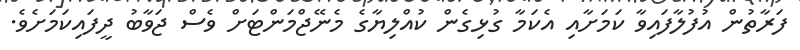
ފަރާތުން އުފުލާފައިވާ ކަމަށާއި އެކަމާ ގުޅިގެން ކުއްލިޔާގެ މެނޭޖްމަންޓަށް ވެސް ޖަވާބު ދީފައިކަމަށެވެ.